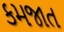
કમજાત